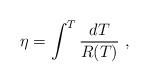
LaTeX: \begin{align*}\eta = \int^{T} \frac{d T}{R(T)}~,\end{align*}